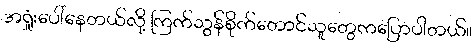
အရှုံးပေါ်နေတယ်လို့ ကြက်သွန်စိုက်တောင်သူတွေကပြောပါတယ်။